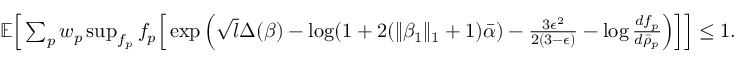
\begin{array} { r } { \mathbb { E } \Big [ \sum _ { p } w _ { p } \operatorname* { s u p } _ { f _ { p } } f _ { p } \Big [ \exp \Big ( \sqrt { l } \Delta ( \beta ) - \log ( 1 + 2 ( \| \beta _ { 1 } \| _ { 1 } + 1 ) \bar { \alpha } ) - \frac { 3 \epsilon ^ { 2 } } { 2 ( 3 - \epsilon ) } - \log \frac { d f _ { p } } { d \bar { \rho } _ { p } } \Big ) \Big ] \Big ] \leq 1 . } \end{array}